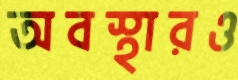
অবস্থারও